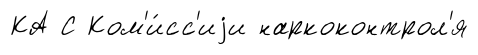
КА С Ком'и́сс'иjи наркоконтрол'я